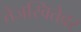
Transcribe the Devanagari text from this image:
तेजस्वितेवर